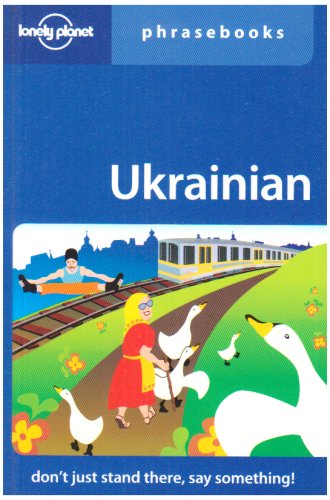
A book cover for Ukrainian: Lonely Planet Phrasebook; Marko Pavlyshyn; Travel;